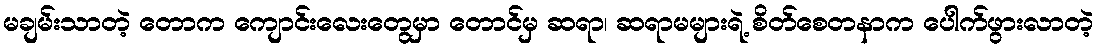
မချမ်းသာတဲ့ တောက ကျောင်းလေးတွေမှာ တောင်မှ ဆရာ၊ ဆရာမများရဲ့ စိတ်စေတနာက ပေါက်ဖွားလာတဲ့